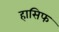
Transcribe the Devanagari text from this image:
हासिफ